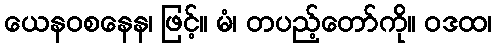
ယေနဝစနေန၊ ဖြင့်။ မံ၊ တပည့်တော်ကို။ ဝဒထ၊